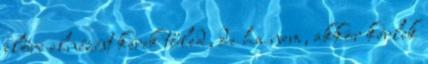
előre elnézést kérek tőled, de ha nem, akkor kérlek